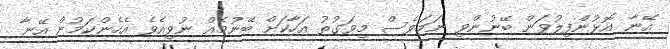
އޭނާ އޮޅުންފިލުވަން ބޭނުންވި ނަމަވެސް މިވަގުތު އަހާކަށް ބޭނުމެއް ނުވިއެވެ އެހެންކަމުން އޭނާ